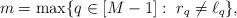
LaTeX: \begin{align*}m=\max\{q \in[M-1]:\ r_q \neq \ell_q \},\end{align*}